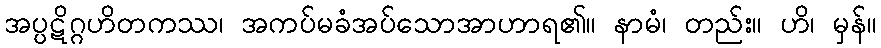
အပ္ပဋိဂ္ဂဟိတကဿ၊ အကပ်မခံအပ်သောအာဟာရ၏။ နာမံ၊ တည်း။ ဟိ၊ မှန်။